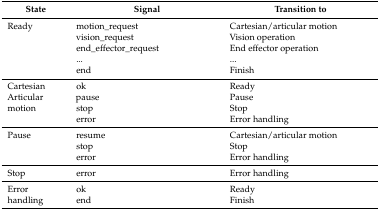
<table><thead><tr><td><b>State</b></td><td><b>Signal</b></td><td><b>Transition to</b></td></tr></thead><tbody><tr><td>Ready</td><td>motion_request</td><td>Cartesian/articular motion</td></tr><tr><td></td><td>vision_request</td><td>Vision operation</td></tr><tr><td></td><td>end_effector_request</td><td>End effector operation</td></tr><tr><td></td><td>...</td><td>...</td></tr><tr><td></td><td>end</td><td>Finish</td></tr><tr><td>Cartesian</td><td>ok</td><td>Ready</td></tr><tr><td>Articular</td><td>pause</td><td>Pause</td></tr><tr><td>motion</td><td>stop</td><td>Stop</td></tr><tr><td></td><td>error</td><td>Error handling</td></tr><tr><td>Pause</td><td>resume</td><td>Cartesian/articular motion</td></tr><tr><td></td><td>stop</td><td>Stop</td></tr><tr><td></td><td>error</td><td>Error handling</td></tr><tr><td>Stop</td><td>error</td><td>Error handling</td></tr><tr><td>Error</td><td>ok</td><td>Ready</td></tr><tr><td>handling</td><td>end</td><td>Finish</td></tr></tbody></table>